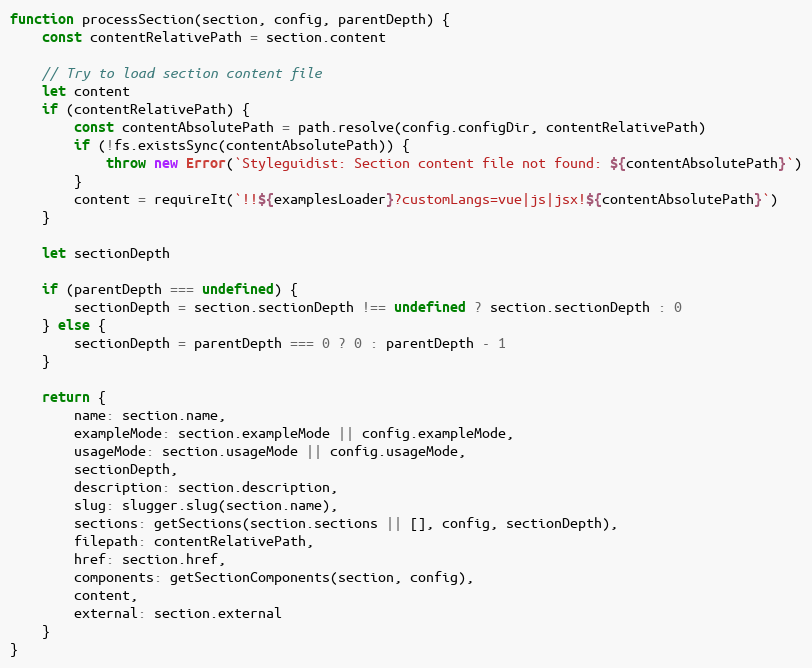
Language: JavaScript
function processSection(section, config, parentDepth) {
	const contentRelativePath = section.content

	// Try to load section content file
	let content
	if (contentRelativePath) {
		const contentAbsolutePath = path.resolve(config.configDir, contentRelativePath)
		if (!fs.existsSync(contentAbsolutePath)) {
			throw new Error(`Styleguidist: Section content file not found: ${contentAbsolutePath}`)
		}
		content = requireIt(`!!${examplesLoader}?customLangs=vue|js|jsx!${contentAbsolutePath}`)
	}

	let sectionDepth

	if (parentDepth === undefined) {
		sectionDepth = section.sectionDepth !== undefined ? section.sectionDepth : 0
	} else {
		sectionDepth = parentDepth === 0 ? 0 : parentDepth - 1
	}

	return {
		name: section.name,
		exampleMode: section.exampleMode || config.exampleMode,
		usageMode: section.usageMode || config.usageMode,
		sectionDepth,
		description: section.description,
		slug: slugger.slug(section.name),
		sections: getSections(section.sections || [], config, sectionDepth),
		filepath: contentRelativePath,
		href: section.href,
		components: getSectionComponents(section, config),
		content,
		external: section.external
	}
}